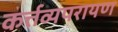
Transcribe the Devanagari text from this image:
कर्त्तव्यपरायण